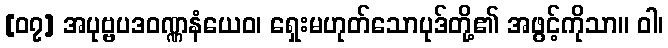
[၀၇] အပုဗ္ဗပဒဝဏ္ဏနံယေဝ၊ ရှေးမဟုတ်သောပုဒ်တို့၏ အဖွင့်ကိုသာ။ ဝါ၊